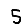
Digit: 5